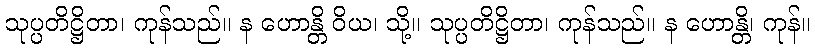
သုပ္ပတိဋ္ဌိတာ၊ ကုန်သည်။ န ဟောန္တိ ဝိယ၊ သို့။ သုပ္ပတိဋ္ဌိတာ၊ ကုန်သည်။ န ဟောန္တိ၊ ကုန်။